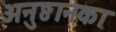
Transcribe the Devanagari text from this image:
अनुष्ठानका